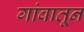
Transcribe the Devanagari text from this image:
गांवातून